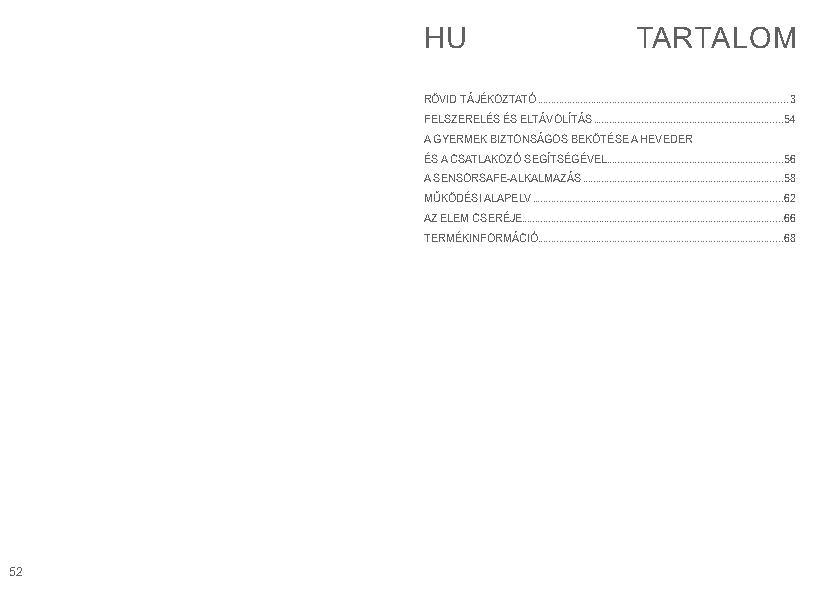
HU            TARTALOM
 RÖVID TÁJÉKOZTATÓ ..............................................................................................3
 FELSZERELÉS ÉS ELTÁVOLÍTÁS .......................................................................54
 A GYERMEK BIZTONSÁGOS BEKÖTÉSE A HEVEDER
 ÉS A CSATLAKOZÓ SEGÍTSÉGÉVEL ..................................................................56
 A SENSORSAFE-ALKALMAZÁS ...........................................................................58
 MŰKÖDÉSI ALAPELV ..............................................................................................62
 AZ ELEM CSERÉJE..................................................................................................66
 TERMÉKINFORMÁCIÓ ............................................................................................68
 52